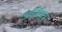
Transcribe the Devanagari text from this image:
अर्जिपत्र